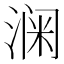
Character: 𮳎